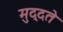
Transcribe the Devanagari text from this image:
मुद्दते